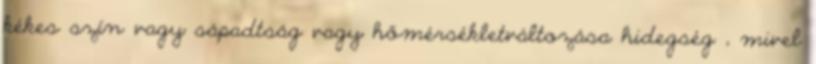
kékes szín vagy sápadtság vagy hőmérsékletváltozása hidegség , mivel